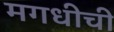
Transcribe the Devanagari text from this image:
मगधीची